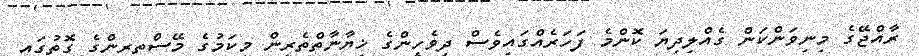
ރާއްޖޭގެ މިނިވަންކަން ގެއްލިދިޔަ ކޮންމެ ފަހަރެއްގައިވެސް ދިވެހީންގެ ޚިޔާނާތްތެރީން މިކަމުގެ މޭސްތިރިންގެ ގޮތުގައި